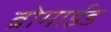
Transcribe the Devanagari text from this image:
ब्रोमाईड